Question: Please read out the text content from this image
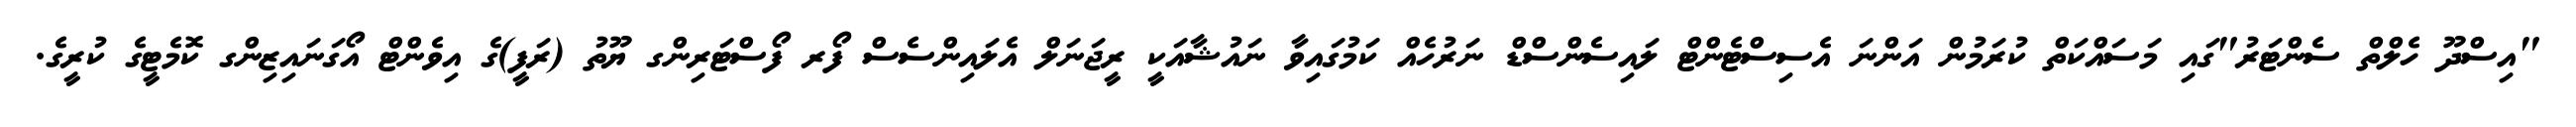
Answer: "އިސްދޫ ހެލްތް ސެންޓަރު"ގައި މަސައްކަތް ކުރަމުން އަންނަ އެސިސްޓެންޓް ލައިސެންސްޑް ނަރުހެއް ކަމުގައިވާ ނައުޝާއަކީ ރީޖަނަލް އެލައިންސެސް ފޯރ ފޯސްޓަރިންގ ޔޫތު (ރަފީ)ގެ އިވެންޓް އޯގަނައިޒިންގ ކޮމެޓީގެ ކުރީގެ.